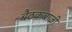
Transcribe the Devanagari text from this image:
बैठकबाजी